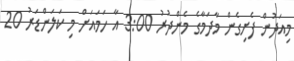
މިއަދުން ފެށިގެން މާދަމާގެ މެންދުރު 3:00 އާ ހަމައަށް މި ކަލަންޑަރު 20